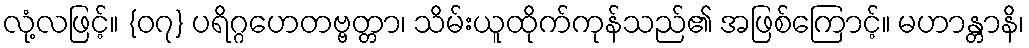
လုံ့လဖြင့်။ {၀၇} ပရိဂ္ဂဟေတဗ္ဗတ္တာ၊ သိမ်းယူထိုက်ကုန်သည်၏ အဖြစ်ကြောင့်။ မဟာန္တာနိ၊